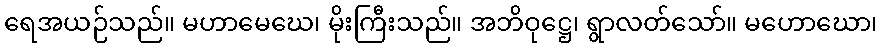
ရေအယဉ်သည်။ မဟာမေဃေ၊ မိုးကြီးသည်။ အဘိဝုဋ္ဌေ၊ ရွာလတ်သော်။ မဟောဃော၊